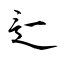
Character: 辷